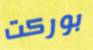
بوركت